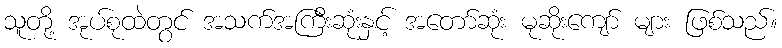
သူတို့ အုပ်စုထဲတွင် အသက်အကြီးဆုံးနှင့် အတော်ဆုံး မုဆိုးကျော် များ ဖြစ်သည်။